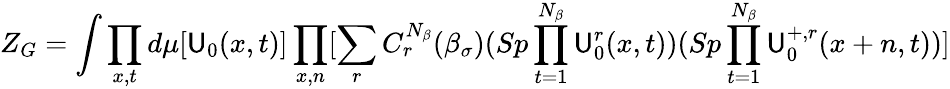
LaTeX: Z_{G}=\int\prod_{x,t}d\mu[\mathsf{U}_{0}(x,t)]\prod_{x,n}[\sum_{r}C_{r}^{N_{\beta}}(\beta_{\sigma})(Sp\prod_{t=1}^{N_{\beta}}\mathsf{U}_{0}^{r}(x,t))(Sp\prod_{t=1}^{N_{\beta}}\mathsf{U}_{0}^{+,r}(x+n,t))]